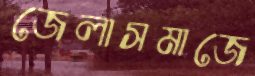
জেলাসমাজে